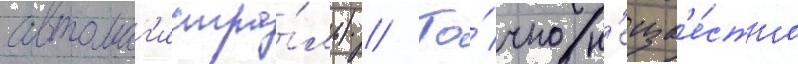
автомаг'истра́ль) // То́чно н'еизв'е́стно